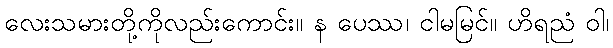
လေးသမားတို့ကိုလည်းကောင်း။ န ပေဿ၊ ငါမမြင်။ ဟိရညံ ဝါ၊